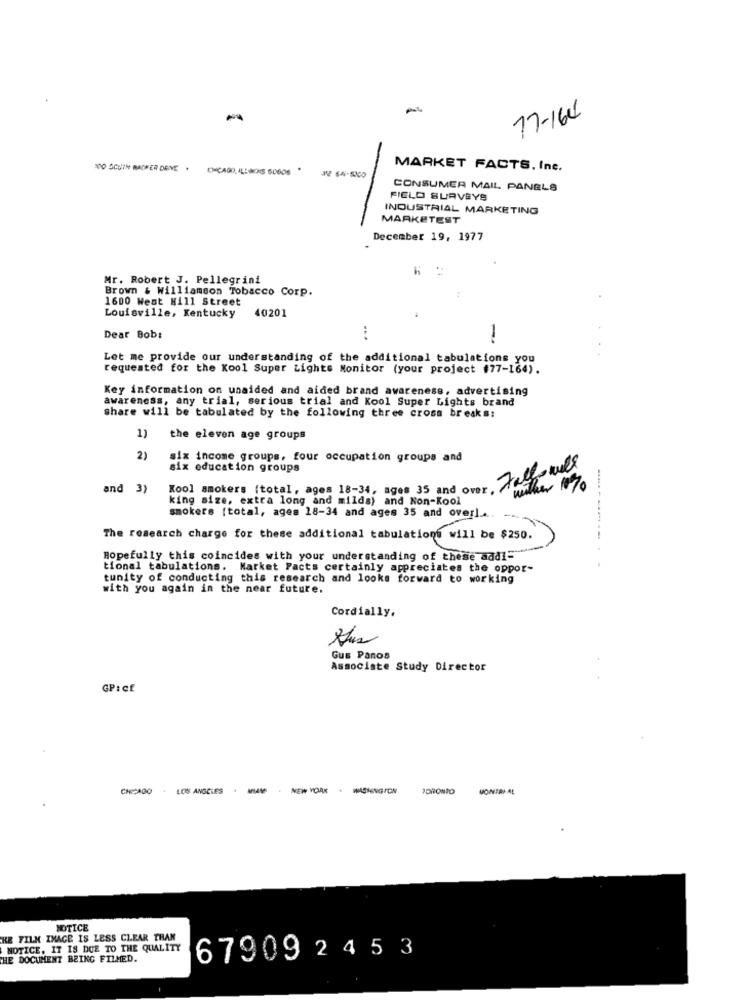
17-164
10O SCUIN MACHER DONE .
CHICAGO, ILLINOIS 50606 "
MARKET FACTS, Inc.
CONSUMER MAIL PANELS
FIELD SURVEYS
INDUSTRIAL MARKETING
MARKETEST
December 19, 1977
Mr. Robert J. Pellegrini
Brown & Williamson Tobacco Corp.
1600 West Hill Street
40201
Louisville, Kentucky
Dear Bob:
-
Let me provide our understanding of the additional tabulations you
requested for the Kool Super Lights Monitor (your project #77-164).
Key information on unaided and aided brand awareness, advertising
awareness, any trial, serious trial and Kool Super Lights brand
share will be tabulated by the following three cross breaks:
the eleven age groups
2)
six income groups, four occupation groups and
six education groups
and 3)
Roo] smokers [total, ages 18-34, ages 35 and over. Fall will
king size, extra long and milds) and Non-Kool
smokers [total, ages 18-34 and ages 35 and overl ...
The research charge for these additional tabulations will be $250.
Hopefully this coincides with your understanding of these andl-
tional tabulations. Market Facts certainly appreciates the oppor-
tunity of conducting this research and looks forward to working
with you again in the near future.
Cordially,
Gus Panos
Associate Study Director
GP:CE
CHICAGO - LOS ANGELES
NEW YORK
TORONTO
VONTALAL
NOTICE
HE FILM IMAGE IS LESS CLEAR THAN
NOTICE, IT IS DUE TO THE QUALITY
THE DOCUMENT BEING FILMED.
67909 2 45 3